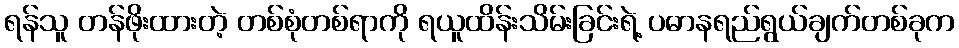
ရန်သူ တန်ဖိုးထားတဲ့ တစ်စုံတစ်ရာကို ရယူထိန်းသိမ်းခြင်းရဲ့ ပဓာနရည်ရွယ်ချက်တစ်ခုက